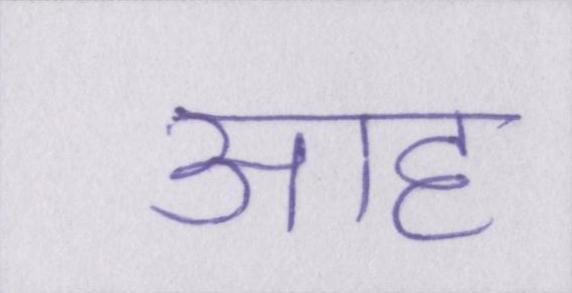
आह